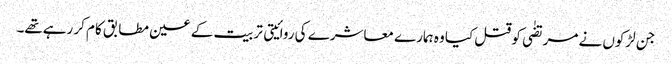
جن لڑکوں نے مرتضٰی کو قتل کیا وہ ہمارے معاشرے کی روائیتی تربیت کے عین مطابق کام کر رہےتھے۔